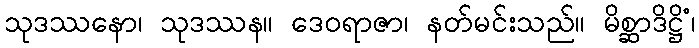
သုဒဿနော၊ သုဒဿန။ ဒေဝရာဇာ၊ နတ်မင်းသည်။ မိစ္ဆာဒိဋ္ဌိံ၊